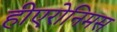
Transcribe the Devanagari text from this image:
हीएरोनिमस